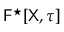
\mathsf { F } ^ { \star } [ \mathsf { X } , \tau ]